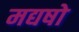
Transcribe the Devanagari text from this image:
मद्यषो